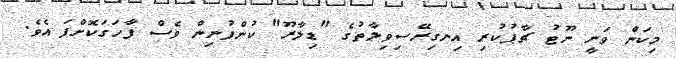
މިކަން ވަނީ ނޫޓު ޗާޕުކުރި އިނގިރޭސިވިލާތުގެ "ޑިލާރޫ" ކުންފުނިން ވެސް ފާހަގަކޮށްފަ އެވެ.